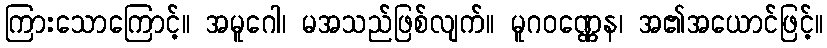
ကြားသောကြောင့်။ အမူဂေါ၊ မအသည်ဖြစ်လျက်။ မူဂဝဏ္ဏေန၊ အ၏အယောင်ဖြင့်။